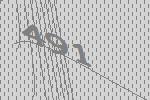
491